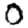
Digit: 0